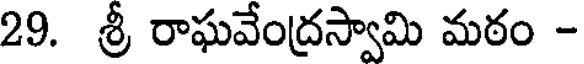
29. శ్రీ రాఘవేంద్రస్వామి మఠం -